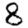
Digit: 8